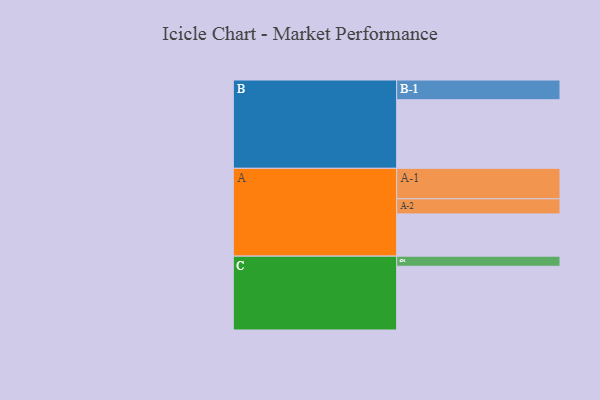
{"axis": {"x": "Segment", "y": "Value"}, "legend": ["", "A", "B", "C"], "data": [{"x": "A", "y": 342, "type": ""}, {"x": "B", "y": 555, "type": ""}, {"x": "C", "y": 516, "type": ""}, {"x": "A-1", "y": 247, "type": "A"}, {"x": "A-2", "y": 122, "type": "A"}, {"x": "B-1", "y": 160, "type": "B"}, {"x": "C-1", "y": 82, "type": "C"}]}